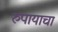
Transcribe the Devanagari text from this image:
रुपायाचा